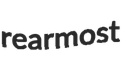
rearmost